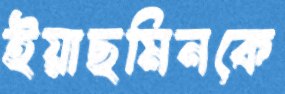
ইয়াছমিনকে